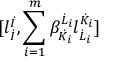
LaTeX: \lbrack l _ { \dot { I } } ^ { \dot { I } } , \sum _ { i = 1 } ^ { m } \beta _ { \dot { K } _ { i } } ^ { \dot { L } _ { i } } l _ { \dot { L } _ { i } } ^ { \dot { K } _ { i } } \rbrack